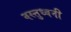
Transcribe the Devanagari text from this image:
वस्तुध्वनी